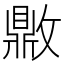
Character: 𰕗